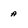
Character: A